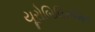
યૂરોબિલિરૂબિન